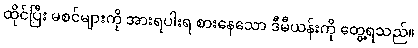
ထိုင်ပြီး မစင်များကို အားရပါးရ စားနေသော ဒီမီယန်းကို တွေ့ရသည်။